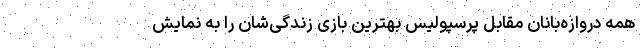
همه دروازه‌بانان مقابل پرسپولیس بهترین بازی زندگی‌شان را به نمایش